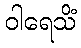
ဝါရေသိံ